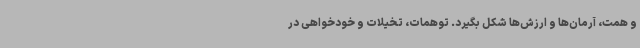
و همت، آرمان‌ها و ارزش‌ها شکل بگیرد. توهمات، تخیلات و خودخواهی در